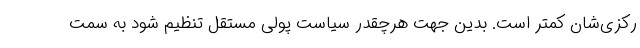
رکزی‌شان کمتر است. بدین جهت هرچقدر سیاست پولی مستقل تنظیم شود به سمت